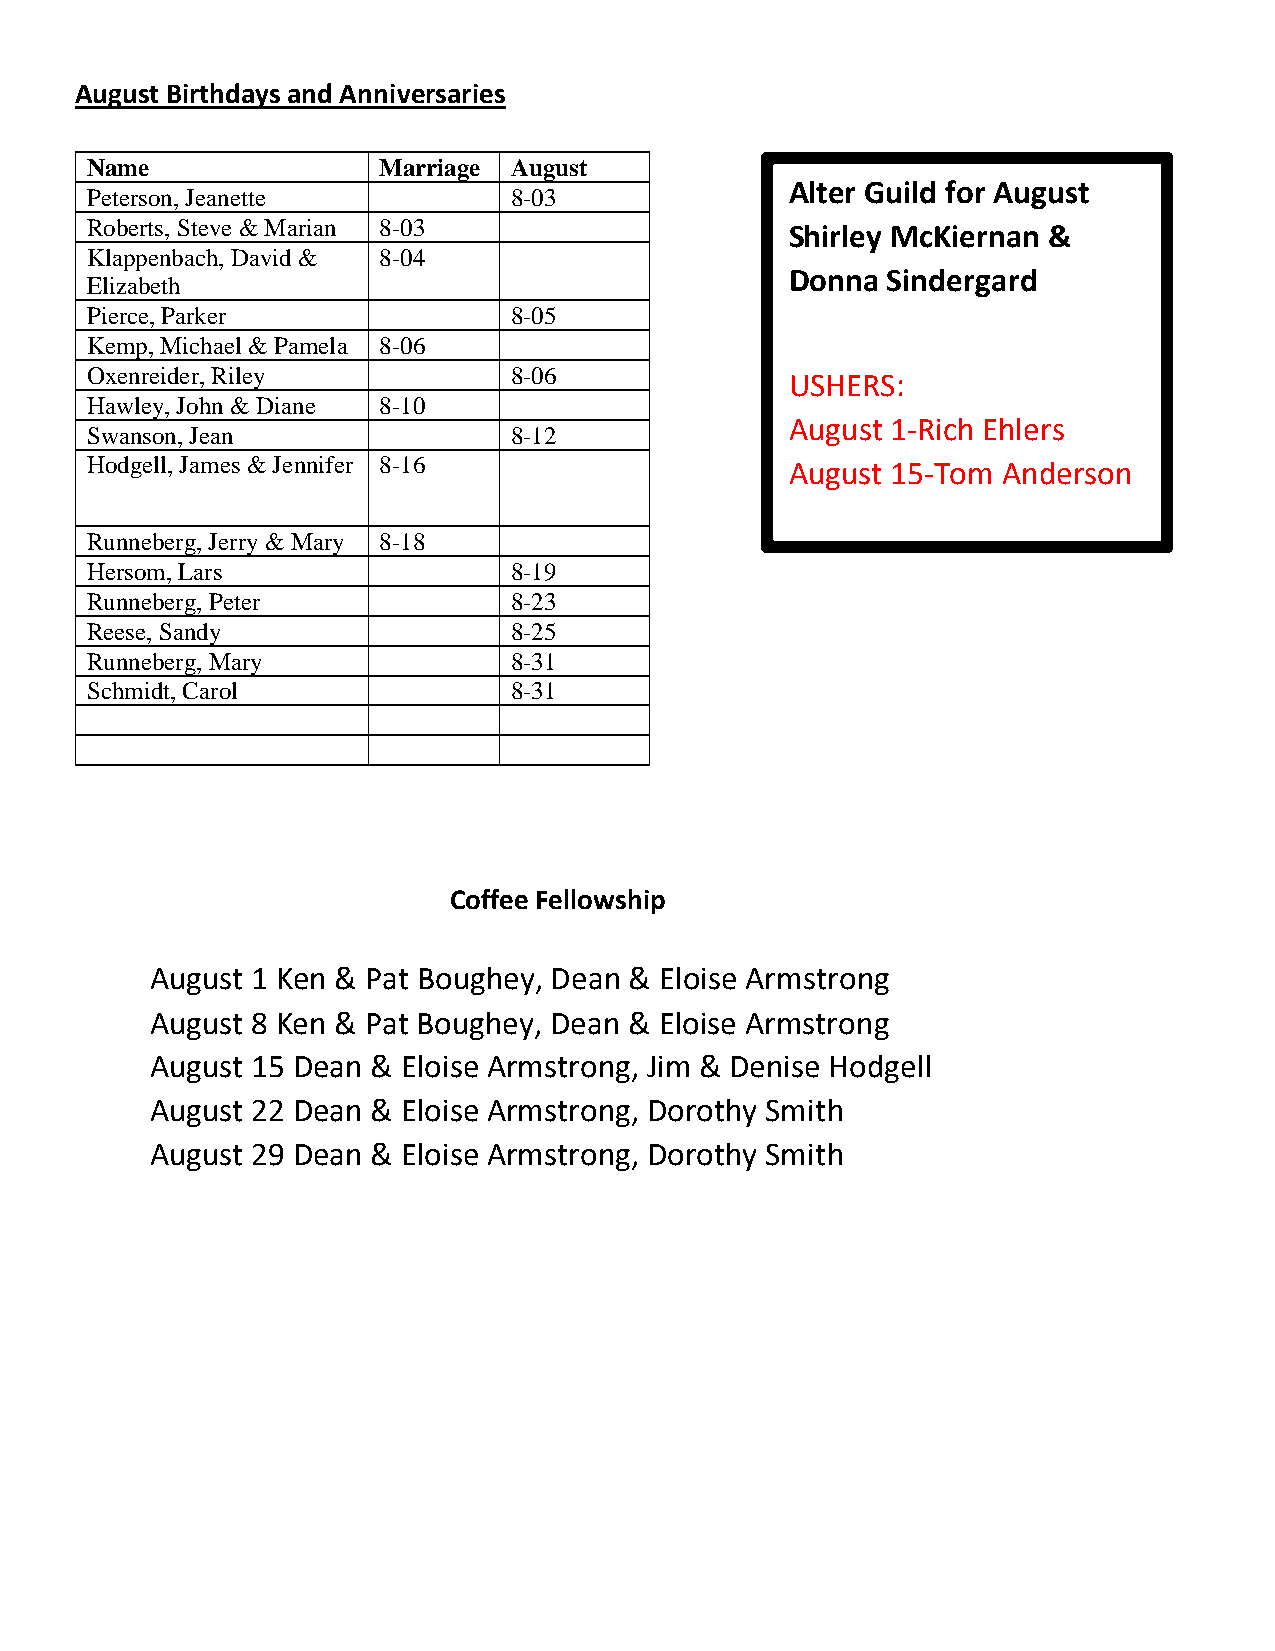
August Birthdays and Anniversaries
 Name               Marriage August
 Alter Guild for August
 Peterson, Jeanette          8-03
 Roberts, Steve & Marian 8-03                  Shirley McKiernan &
 Klappenbach, David & 8-04
 Donna  Sindergard
 Elizabeth
 Pierce, Parker              8-05
 Kemp, Michael & Pamela 8-06
 Oxenreider, Riley           8-06
 USHERS:
 Hawley, John & Diane 8-10
 August 1-Rich Ehlers
 Swanson, Jean               8-12
 Hodgell, James & Jennifer 8-16                August 15-Tom Anderson
 Runneberg, Jerry & Mary 8-18
 Hersom, Lars                8-19
 Runneberg, Peter            8-23
 Reese, Sandy                8-25
 Runneberg, Mary             8-31
 Schmidt, Carol              8-31
 Coffee Fellowship
 August 1 Ken & Pat Boughey, Dean & Eloise Armstrong
 August 8 Ken & Pat Boughey, Dean & Eloise Armstrong
 August 15 Dean & Eloise Armstrong, Jim & Denise Hodgell
 August 22 Dean & Eloise Armstrong, Dorothy Smith
 August 29 Dean & Eloise Armstrong, Dorothy Smith